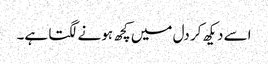
اسے دیکھ کر دل میں کچھ ہونے لگتا ہے۔